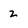
Character: 2